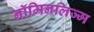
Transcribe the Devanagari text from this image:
नॉमिनलिज्म